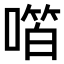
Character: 𫫝